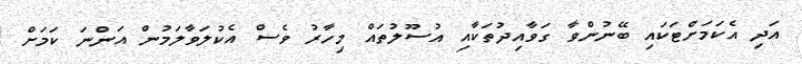
އަދި އެކަމަށްޓަކައި ބޭނުންވާ ގަވާއިދުތަކާއި އުސޫލުތައް މިހާރު ވެސް އެކުލަވާލަމުން އަންނަ ކަމަށް